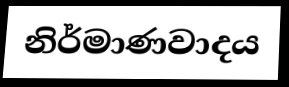
නිර්මාණවාදය